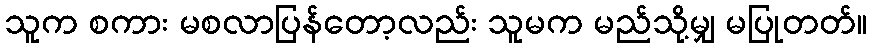
သူက စကား မစလာပြန်တော့လည်း သူမက မည်သို့မျှ မပြုတတ်။